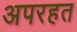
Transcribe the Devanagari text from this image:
अपरहत